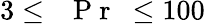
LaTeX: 3\leq\mathrm{~\textit~{~P~r~}~}\leq 100